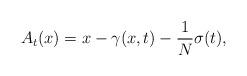
LaTeX: \begin{align*} A_t(x) = x - \gamma(x,t) - \frac{1}{N} \sigma(t), \end{align*}